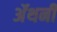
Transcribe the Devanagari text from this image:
ॲंथनी